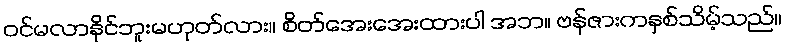
ဝင်မလာနိုင်ဘူးမဟုတ်လား။ စိတ်အေးအေးထားပါ အဘ။ ဗန်ဇားကနှစ်သိမ့်သည်။